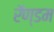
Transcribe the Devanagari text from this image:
रॅण्डम